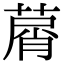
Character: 𦵱